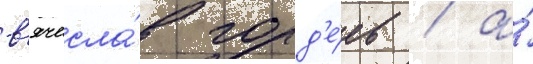
в'ячесла́в горд'е́ев / а́